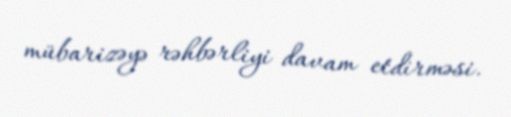
mübarizəyə rəhbərliyi davam etdirməsi.